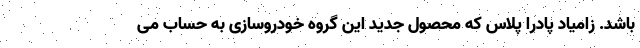
باشد. زامیاد پادرا پلاس که محصول جدید این گروه خودروسازی به حساب می